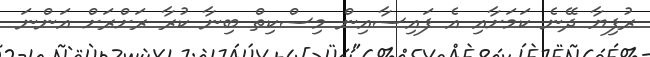
ރުފިޔާ ދޭނެ ކަމަށާއި އެ ފައިސާއިން މިސްކިތް ބިނާ ކުރާ ރަށްރަށް އަންނަ